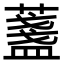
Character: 𦾟